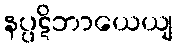
နပ္ပဋိဘာယေယျ